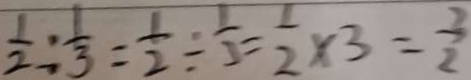
\frac { 1 } { 2 } : \frac { 1 } { 3 } = \frac { 1 } { 2 } \div \frac { 1 } { 3 } = \frac { 1 } { 2 } \times 3 = \frac { 3 } { 2 }